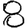
Digit: 8